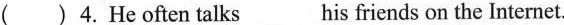
( )4. He often talks___his friends on the Internet.